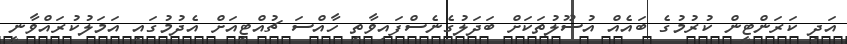
އަދި ކަރަންޓީން ކުރުމުގެ ބައެއް އުސޫލުތަކަށް ބަދަލުގެނެސްފައިވާތީ ހާއްސަ ޗުއްޓީއަށް އެދުމުގައި އަމަލުކުރައްވާނީ